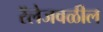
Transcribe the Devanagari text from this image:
रॅलेजवळील